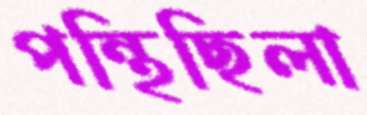
পন্থিছিলা